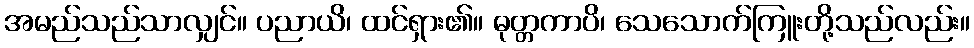
အမည်သည်သာလျှင်။ ပညာယိ၊ ထင်ရှား၏။ ဓုတ္တကာပိ၊ သေသောက်ကြူးတို့သည်လည်း။